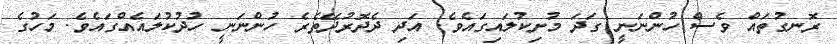
ރޮނގުތައް ވެސް ހުންނަނީ ގަދަ މުށިކުލައިގައެވެ. އަދި ދެދޮރުދޭތެރެ ހުންނަނީ ހުދުކުލައެއްގައެވެ. މަހުގެ